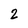
Character: 2